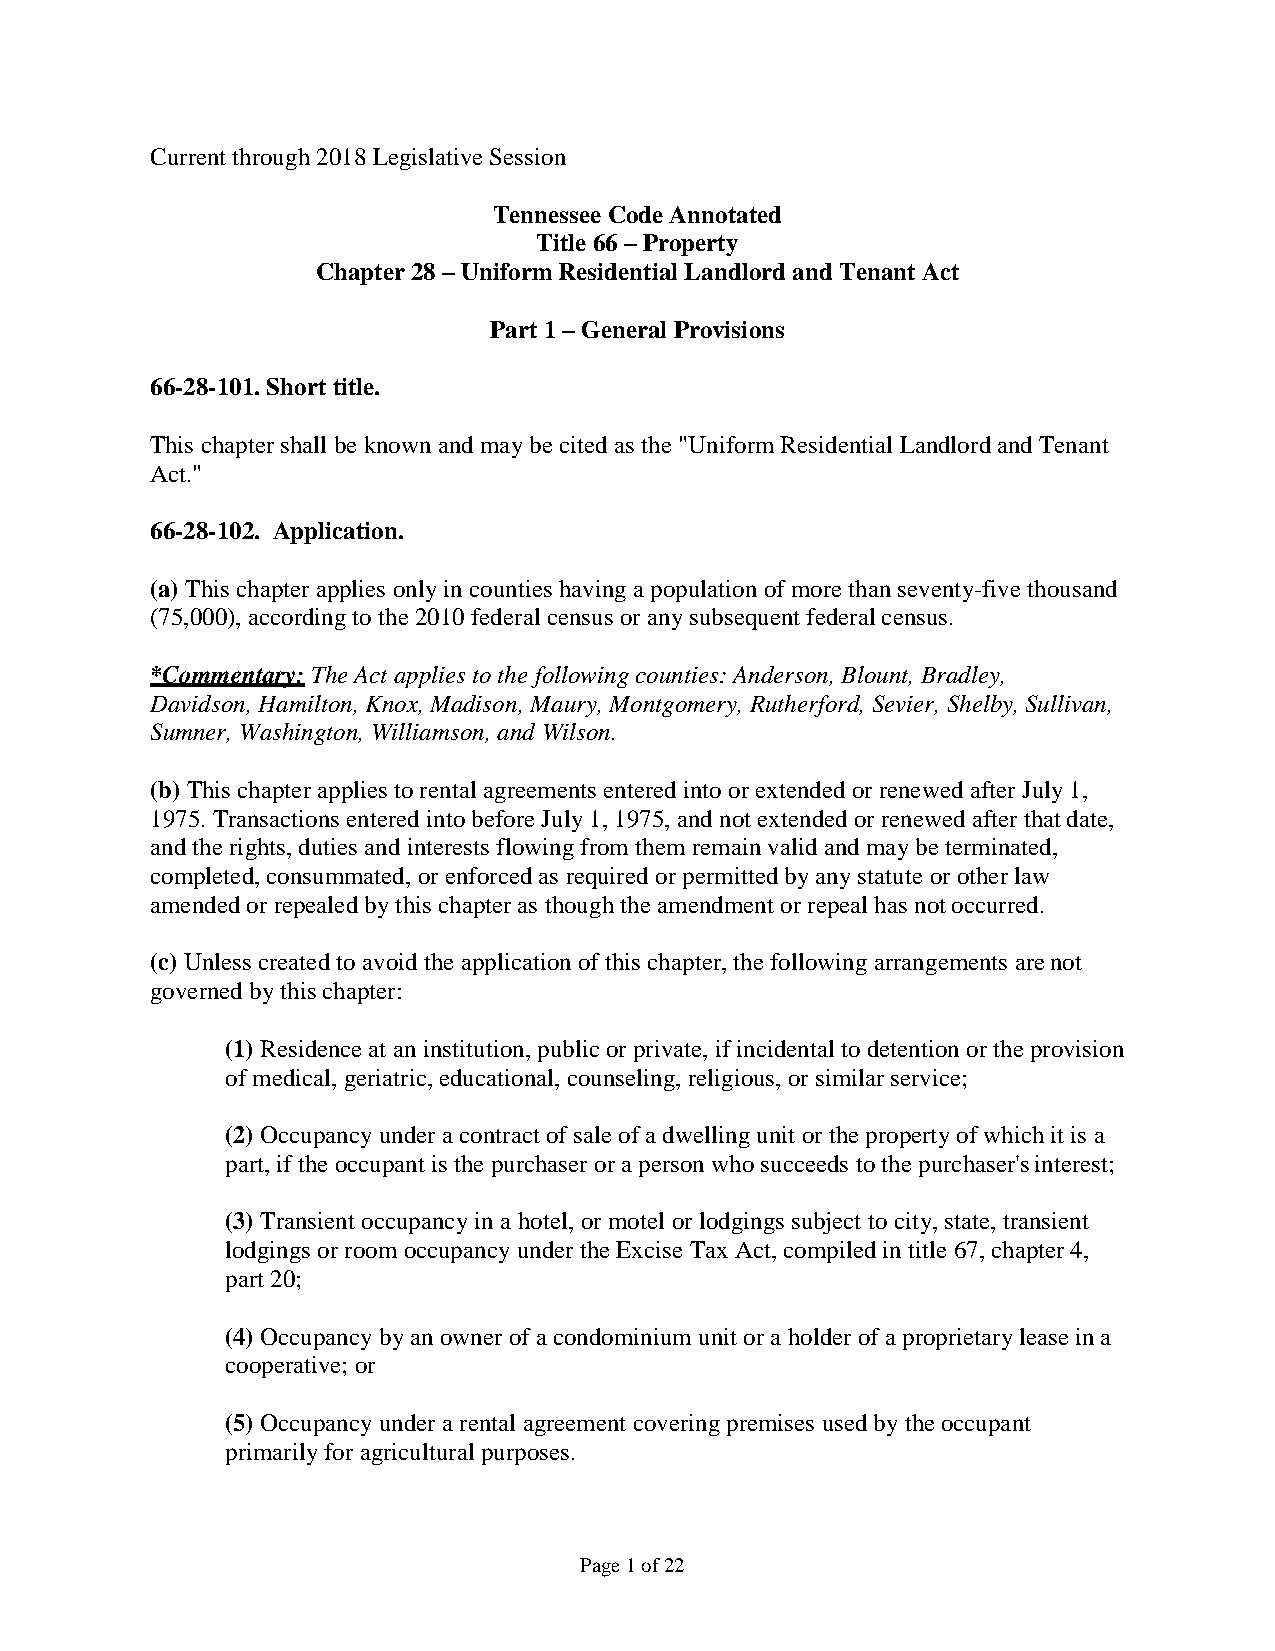
Current through 2018 Legislative Session
 Tennessee Code Annotated
 Title 66 – Property
 Chapter 28 – Uniform Residential Landlord and Tenant Act
 Part 1 – General Provisions
 66-28-101. Short title.
 This chapter shall be known and may be cited as the "Uniform Residential Landlord and Tenant
 Act."
 66-28-102. Application.
 (a) This chapter applies only in counties having a population of more than seventy-five thousand
 (75,000), according to the 2010 federal census or any subsequent federal census.
 *Commentary: The Act applies to the following counties: Anderson, Blount, Bradley,
 Davidson, Hamilton, Knox, Madison, Maury, Montgomery, Rutherford, Sevier, Shelby, Sullivan,
 Sumner, Washington, Williamson, and Wilson.
 (b) This chapter applies to rental agreements entered into or extended or renewed after July 1,
 1975. Transactions entered into before July 1, 1975, and not extended or renewed after that date,
 and the rights, duties and interests flowing from them remain valid and may be terminated,
 completed, consummated, or enforced as required or permitted by any statute or other law
 amended or repealed by this chapter as though the amendment or repeal has not occurred.
 (c) Unless created to avoid the application of this chapter, the following arrangements are not
 governed by this chapter:
 (1) Residence at an institution, public or private, if incidental to detention or the provision
 of medical, geriatric, educational, counseling, religious, or similar service;
 (2) Occupancy under a contract of sale of a dwelling unit or the property of which it is a
 part, if the occupant is the purchaser or a person who succeeds to the purchaser's interest;
 (3) Transient occupancy in a hotel, or motel or lodgings subject to city, state, transient
 lodgings or room occupancy under the Excise Tax Act, compiled in title 67, chapter 4,
 part 20;
 (4) Occupancy by an owner of a condominium unit or a holder of a proprietary lease in a
 cooperative; or
 (5) Occupancy under a rental agreement covering premises used by the occupant
 primarily for agricultural purposes.
 Page 1 of 22